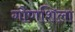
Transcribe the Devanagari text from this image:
गौणशिला